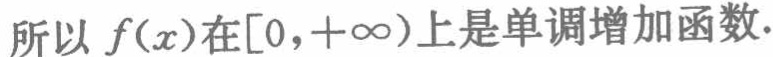
所以 \(f(x)\)在\([0,+\infty)\)上是单调增加函数.